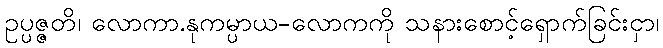
ဥပ္ပဇ္ဇတိ၊ လောကာ.နုကမ္ပာယ-လောကကို သနားစောင့်ရှောက်ခြင်းငှာ၊